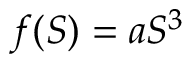
f ( S ) = a S ^ { 3 }